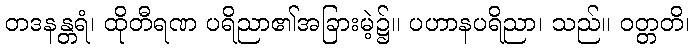
တဒနန္တရံ၊ ထိုတီရဏ ပရိညာ၏အခြားမဲ့၌။ ပဟာနပရိညာ၊ သည်။ ဝတ္တတိ၊